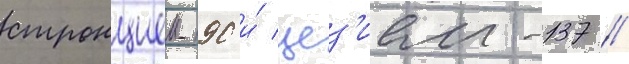
стронцием-90 и́ цез'ием-137 //